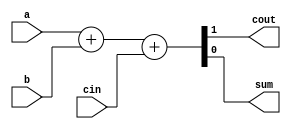
module oneBitfullAdderDataFlow(a, b, cin, cout, sum);

    input a, b, cin;
    output cout, sum;

    // DataFlow Approach:
    assign {cout, sum} = a+b+cin;



    // wire s1, s2, c1;

    // xor(s1, a, b);
    // and(c1, a, b);
    // xor(sum, s1, cin);
    // and(s2, s1, cin);
    // or (cout, s2, c1);


endmodule